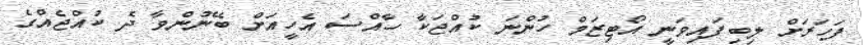
ފަހަރަށް ލިބިފައިވަނީ އޯޓިޒަމް ހުންނަ ކުއްޖަކާ ހާއްސަ އެހީއަށް ބޭނުންވާ ދެ ކުއްޖެއްގެ